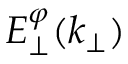
E _ { \perp } ^ { \varphi } ( k _ { \perp } )